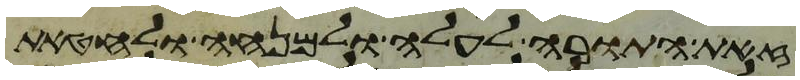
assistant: זאת התורה לעלה ולמנחה ולחטאת